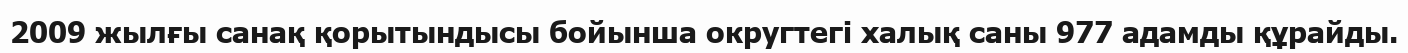
2009 жылғы санақ қорытындысы бойынша округтегі халық саны 977 адамды құрайды.